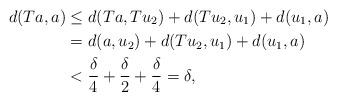
LaTeX: \begin{align*} d(Ta,a) &\leq d(Ta,Tu_2) + d(Tu_2,u_1) + d(u_1,a)\\ &=d(a,u_2)+ d(Tu_2,u_1) + d(u_1,a)\\ &< \frac{\delta}{4}+\frac{\delta}{2}+\frac{\delta}{4}=\delta, \end{align*}